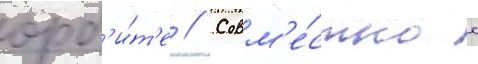
орб'и́т'е // Совм'е́стно с